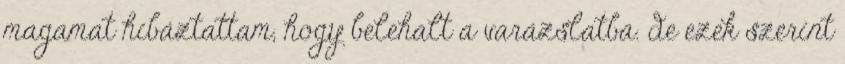
magamat hibáztattam, hogy belehalt a varázslatba. de ezek szerint